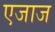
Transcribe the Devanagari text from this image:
एजाज